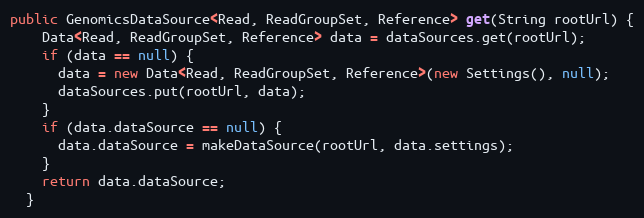
Language: Java
public GenomicsDataSource<Read, ReadGroupSet, Reference> get(String rootUrl) {
    Data<Read, ReadGroupSet, Reference> data = dataSources.get(rootUrl);
    if (data == null) {
      data = new Data<Read, ReadGroupSet, Reference>(new Settings(), null);
      dataSources.put(rootUrl, data);
    }
    if (data.dataSource == null) {
      data.dataSource = makeDataSource(rootUrl, data.settings);
    }
    return data.dataSource;
  }